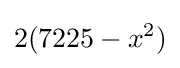
2(7225-x^{2})